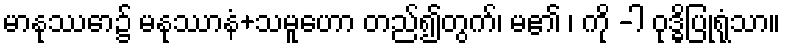
မာနုဿော၌ မနုဿာနံ+သမူဟော တည်၍တွက်၊ မ၏ ၊ ကို -ါ ဝုဒ္ဓိပြုရုံသာ။